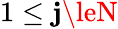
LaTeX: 1\le\mathbf{j}\leN